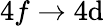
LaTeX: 4f\rightarrow4\mathrm{d}